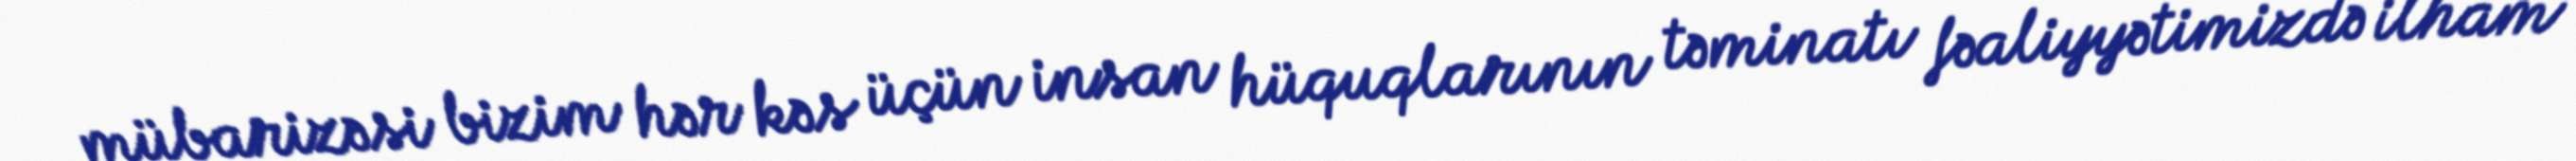
mübarizəsi bizim hər kəs üçün insan hüquqlarının təminatı fəaliyyətimizdə ilham